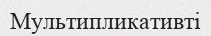
Мультипликативті